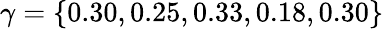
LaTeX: \gamma=\{ 0.30,0.25,0.33,0.18,0.30\}